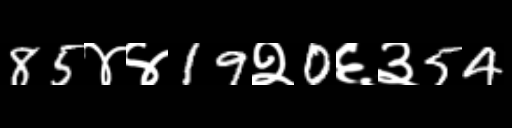
Text: 85४४19२0६३54